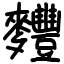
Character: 麷